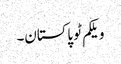
ویلکم ٹو پاکستان۔